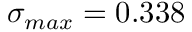
\sigma _ { m a x } = 0 . 3 3 8